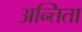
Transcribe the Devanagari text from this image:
अन्तिता